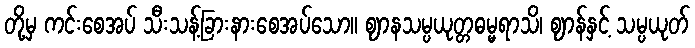
တို့မှ ကင်းစေအပ် သီးသန့်ခြားနားစေအပ်သော။ ဈာနသမ္ပယုတ္တဓမ္မရာသိ၊ ဈာန်နှင့် သမ္ပယုတ်